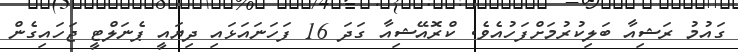
ގައުމު ރަޝިއާ ބަލިކުރުމަށްފަހުއެވެ. ކްރޮއޭޝިއާ ގަދަ 16 ފަހަނައަޅައި ދިޔައީ ޕެނަލްޓީ ޖަހައިގެން